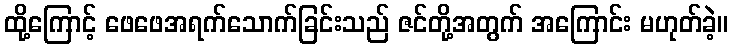
ထို့ကြောင့် ဖေဖေအရက်သောက်ခြင်းသည် ဇင်တို့အတွက် အကြောင်း မဟုတ်ခဲ့။